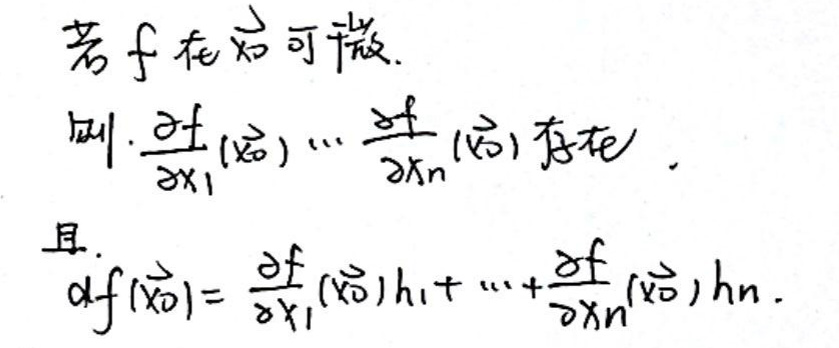
若\(f\)在\(\vec{x}_{0}\)可微，则\(\frac{\partial f(\vec{x}_{0})}{\partial x_{1}},\cdots,\frac{\partial f(\vec{x}_{0})}{\partial x_{n}}\)存在，且\(df(\vec{x}_{0})=\frac{\partial f(\vec{x}_{0})}{\partial x_{1}}h_{1}+\cdots+\frac{\partial f(\vec{x}_{0})}{\partial x_{n}}h_{n}\)。